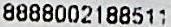
8888002188511